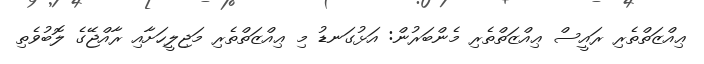
ޢިއްޒަތްތެރި ރައީސް ޢިއްޒަތްތެރި މެންބަރުން: އަޅުގަނޑު މި ޢިއްޒަތްތެރި މަޖިލީހަށާއި ރާއްޖޭގެ ލޮބުވެތި